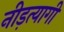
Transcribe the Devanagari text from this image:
नीड़त्यागी